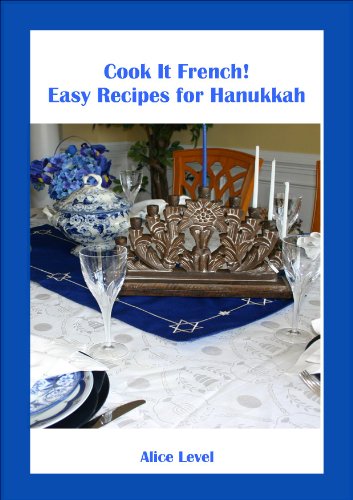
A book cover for Cook It French! Easy Recipes for Hanukkah; Alice Level; Cookbooks, Food & Wine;